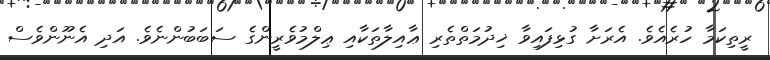
ރީތިކަމާ ހުރެއެވެ. އެރަށާ ގުޅިފައިވާ ޚިދުމަތްތެރި ޢާއިލާތަކާއި ޢިލްމުވެރީންގެ ސަބަބުންނެވެ. އަދި އެނޫންވެސް